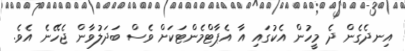
އިނދެގެން ދެ މީހުން އެކުގައި އާ އެޕާޓްމެންޓަކަށް ވެސް ބަދަލުވާން ޖެހޭނެ އެވެ.